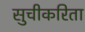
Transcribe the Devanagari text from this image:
सुचीकरिता